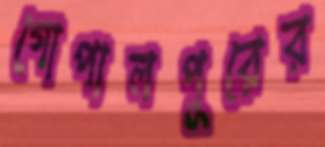
গোপালপুরের